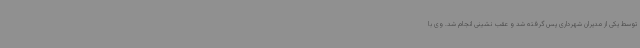
توسط یکی از مدیران شهرداری پس گرفته شد و عقب نشینی انجام شد. وی با